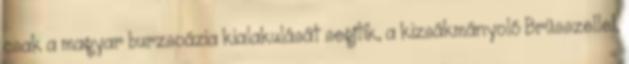
csak a magyar burzsoázia kialakulását segítik, a kizsákmányoló Brüsszellel,